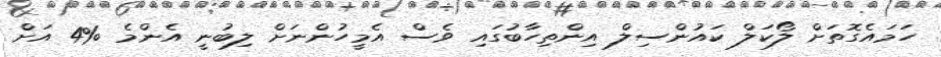
ހަމައެގޮތަށް ލޯކަލް ކައުންސިލް އިންތިހާބުގައި ވެސް އެމީހުންނަށް ލިބުނީ އެންމެ %4 އަށް